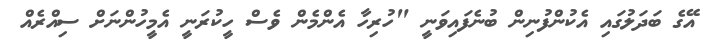
އޭގެ ބަދަލުގައި އެކުންފުނިން ބުނެފައިވަނީ "ހުރިހާ އެންމެން ވެސް ހީކުރަނީ އެމީހުންނަށް ސިއްރެއް